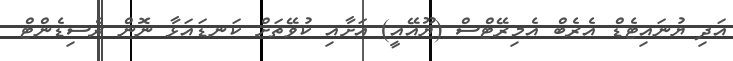
އަދި ޔުނައިޓެޑް އެރެބް އެމިރޭޓްސް (ޔޫއޭއީ) އަށާއި ކުވޭތަށް ކަނޑައަޅާ ނޮން ރެސިޑެންޓް